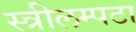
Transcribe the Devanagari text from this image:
स्त्रीलम्पटा